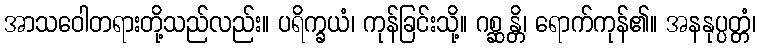
အာသဝေါတရားတို့သည်လည်း။ ပရိက္ခယံ၊ ကုန်ခြင်းသို့။ ဂစ္ဆန္တိ၊ ရောက်ကုန်၏။ အနနုပ္ပတ္တံ၊